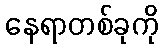
နေရာတစ်ခုကို